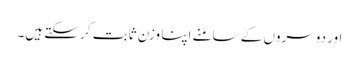
اور دوسروں کے سامنے اپنا وزن ثابت کر سکتے ہیں۔